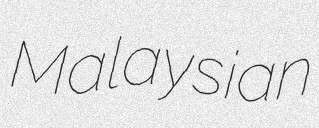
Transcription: Malaysian